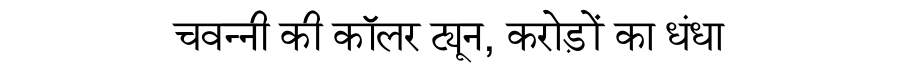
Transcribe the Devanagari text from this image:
चवन्नी की कॉलर ट्यून, करोड़ों का धंधा